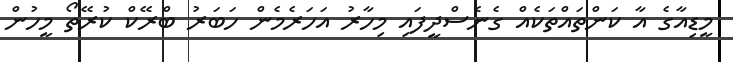
މީޑިއާގެ އާ ކަންތައްތަކެއް ގެނެސްދީފައި މިހާރު އަހަރެމެން ހަބަރު ބްރޭކް ކުރޭތޯ މީހުން